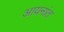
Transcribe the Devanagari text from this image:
आयनांत